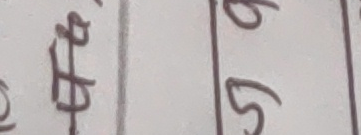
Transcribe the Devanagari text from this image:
५५